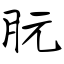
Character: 朊